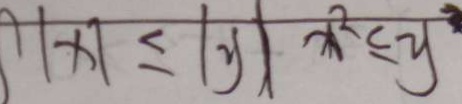
\vert x \vert \leq \vert y \vert x ^ { 2 } \leq y ^ { 2 }